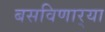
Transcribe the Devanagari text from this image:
बसविणार्‍या